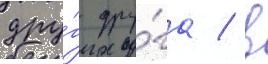
дру́г дру́га / в